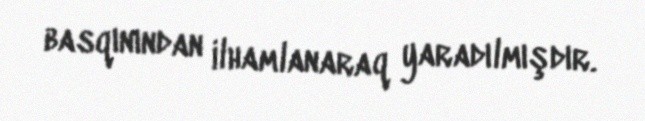
basqınından ilhamlanaraq yaradılmışdır.